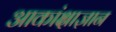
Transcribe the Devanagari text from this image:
आकांक्षाज्ञान